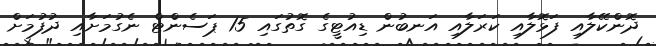
ދޮންކޭލާއި ފަޅޮލާއި ކަރަލާއި އަނބުން ޑިއުޓީގެ ގޮތުގައި 15 ޕަސެންޓް ނެގުމަށާއި ދުފުމަށް